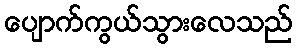
ပျောက်ကွယ်သွားလေသည်